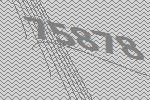
75878